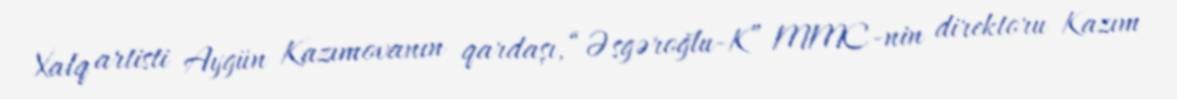
Xalq artisti Aygün Kazımovanın qardaşı, “Əsgəroğlu-K” MMC-nin direktoru Kazım